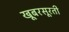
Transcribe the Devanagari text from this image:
खूबरसूरती